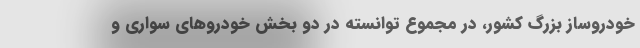
خودروساز بزرگ کشور،‌ در مجموع توانسته در دو بخش خودروهای سواری و